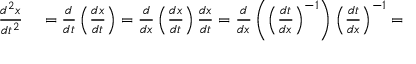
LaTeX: \begin{array} { r l } { { \frac { d ^ { 2 } x } { d t ^ { 2 } } } } & { { } = { \frac { d } { d t } } \left( { \frac { d x } { d t } } \right) = { \frac { d } { d x } } \left( { \frac { d x } { d t } } \right) { \frac { d x } { d t } } = { \frac { d } { d x } } \left( \left( { \frac { d t } { d x } } \right) ^ { - 1 } \right) \left( { \frac { d t } { d x } } \right) ^ { - 1 } = } \end{array}